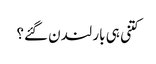
کتنی ہی بار لندن گئے؟